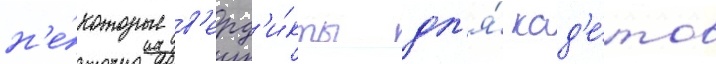
н'е́которые в'ерд'и́кты дл'я́ кад'е́тов